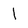
Character: 1